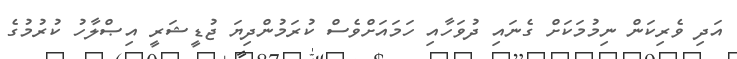
އަދި ވެރިކަން ނިމުމަކަށް ގެނައި ދުވަހާއި ހަމައަށްވެސް ކުރަމުންދިޔަ ޖުޑީޝަރީ އިޞްލާހު ކުރުމުގެ